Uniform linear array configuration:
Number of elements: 4
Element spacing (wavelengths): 1
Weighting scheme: hamming
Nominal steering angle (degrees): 60
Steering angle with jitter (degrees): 59.051
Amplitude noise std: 0.05
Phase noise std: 0.05

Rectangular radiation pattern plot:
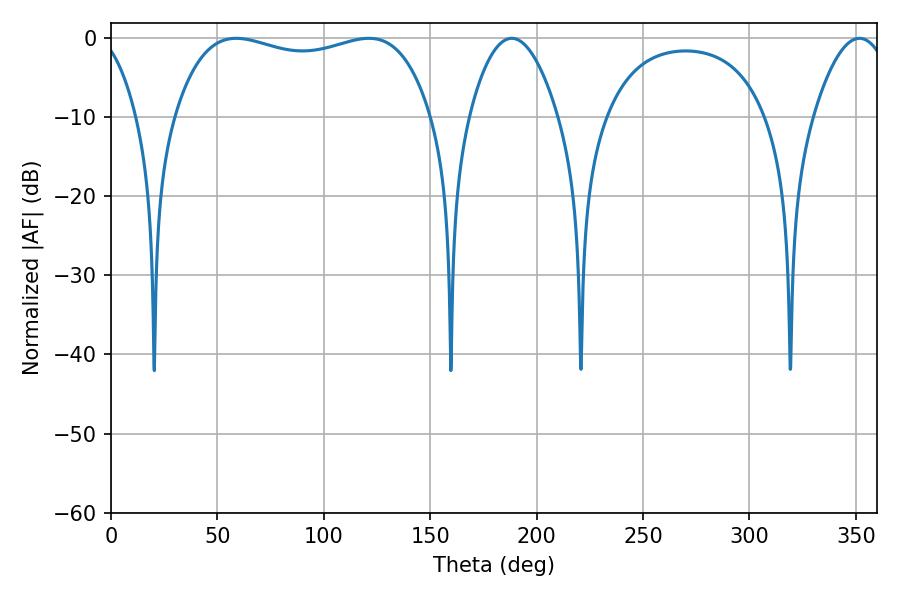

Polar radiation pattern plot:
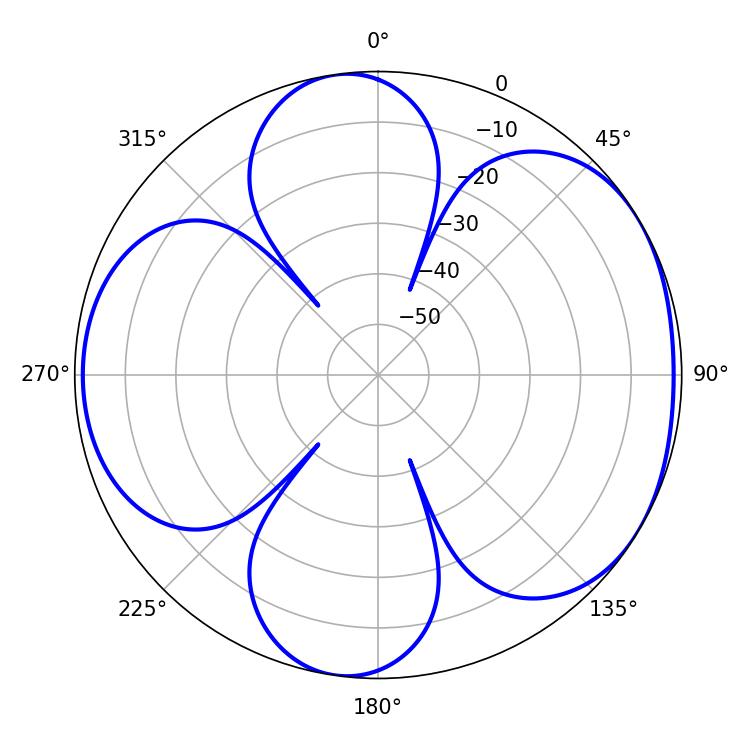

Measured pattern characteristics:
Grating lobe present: TRUE
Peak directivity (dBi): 5.163
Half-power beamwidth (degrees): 97.92
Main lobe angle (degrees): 58.86